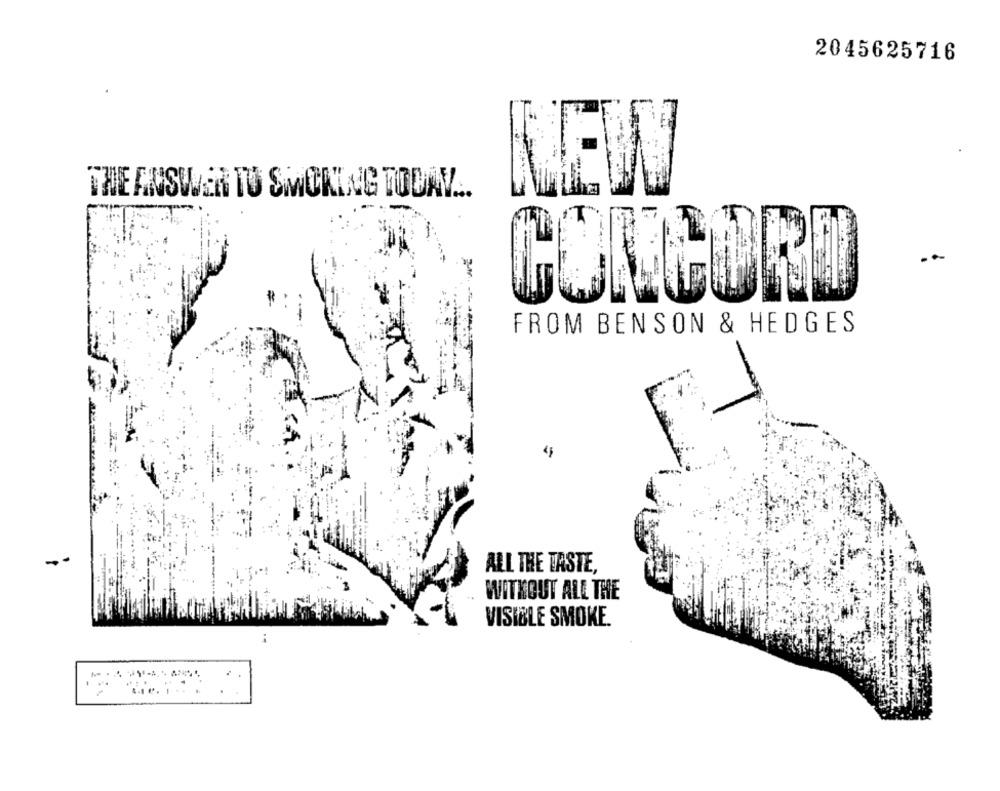
2045625716
THE ANSWER TO SMOKING TODAY ...
CONCORD
FROM BENSON & HEDGES
4
ALL THE TASTE,
WITHOUT ALL THE
VISIBLE SMOKE.